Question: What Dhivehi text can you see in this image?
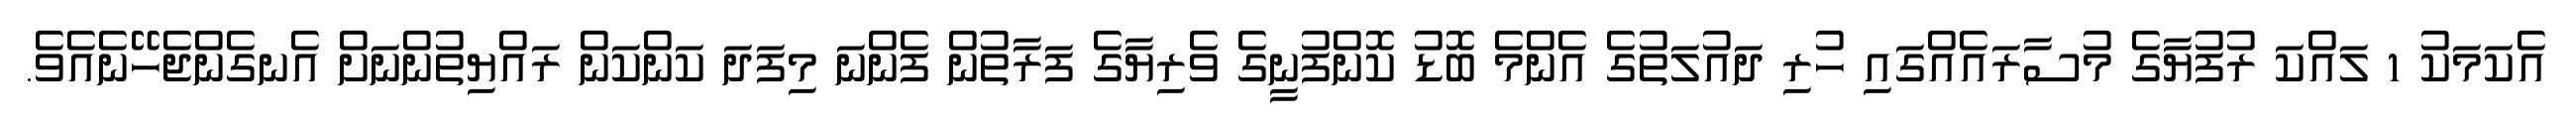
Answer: އެކަމަކު 1 ލައްކަ ރުފުޔާގެ މުސާރައެއްގައި ހުރި ދައުލަތުގެ އެންމެ ބޮޑު ކޮންފުނީގެ ވެރިޔާގެ ފަރާތުން ފެންނަ މިފަދަ ކަންކަން ރައްޔިތުންނަށް އެނގެންޖެހޭނެއެވެ.